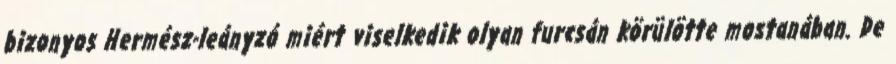
bizonyos Hermész-leányzó miért viselkedik olyan furcsán körülötte mostanában. De